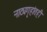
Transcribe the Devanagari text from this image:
नाट्यगृहांतही